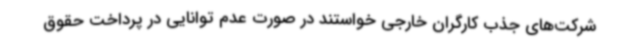
شرکت‌های جذب کارگران خارجی خواستند در صورت عدم توانایی در پرداخت حقوق‌